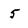
Character: 5